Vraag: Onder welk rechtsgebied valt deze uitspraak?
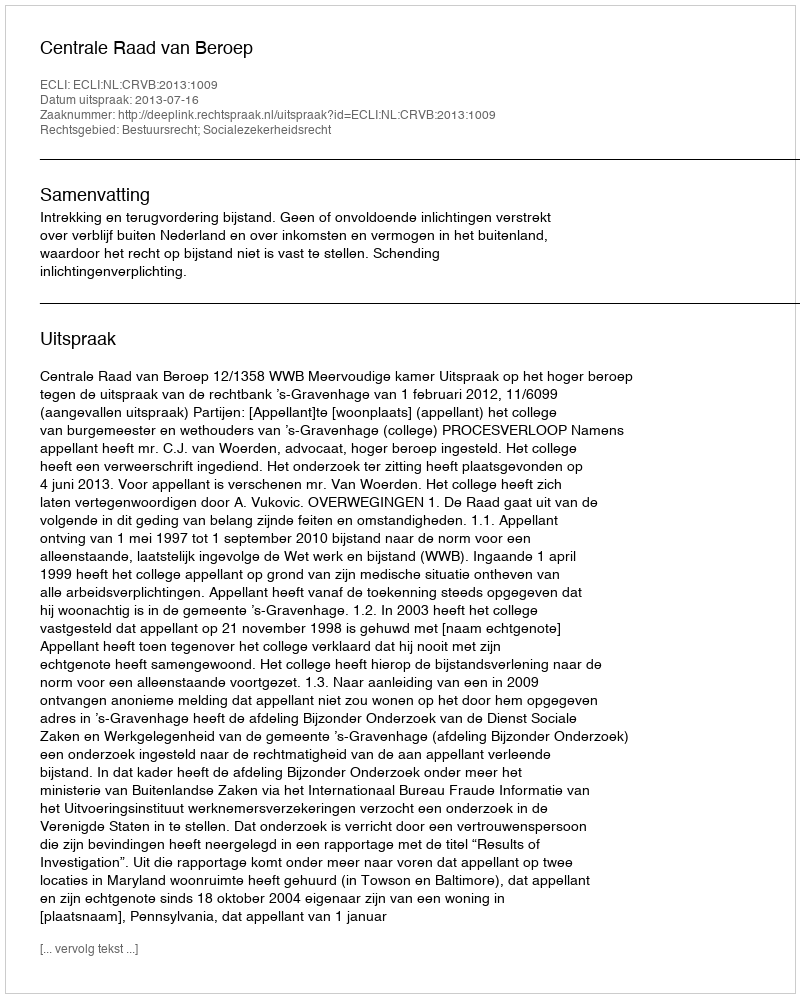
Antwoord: Bestuursrecht; Socialezekerheidsrecht